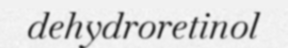
dehydroretinol